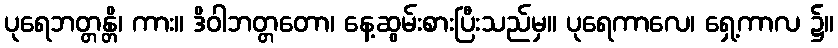
ပုရေဘတ္တန္တိ၊ ကား။ ဒိဝါဘတ္တတော၊ နေ့ဆွမ်းစားပြီးသည်မှ။ ပုရေကာလေ၊ ရှေ့ကာလ ၌။